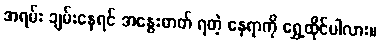
အရမ်း ချမ်းနေရင် အနွေးဓာတ် ရတဲ့ နေရာကို ရွှေ့ထိုင်ပါလား။